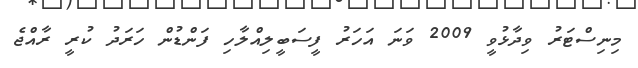
މިނިސްޓަރު ވިދާޅުވީ 2009 ވަނަ އަހަރު ފީސަބީލިއްލާހި ފަންޑުން ހަރަދު ކުރީ ރާއްޖެ